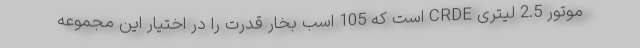
موتور 2.5 لیتری CRDE است که 105 اسب بخار قدرت را در اختیار این مجموعه